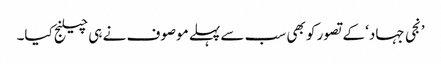
’نجی جہاد‘ کے تصور کو بھی سب سے پہلے موصوف نے ہی چیلنج کیا۔